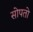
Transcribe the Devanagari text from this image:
सोपतो